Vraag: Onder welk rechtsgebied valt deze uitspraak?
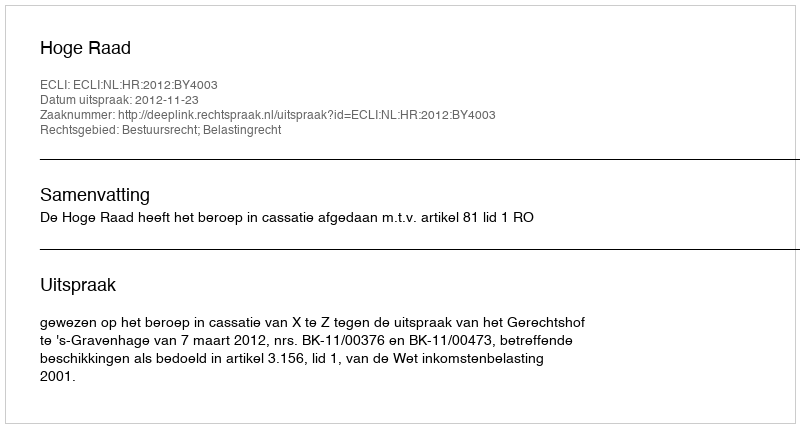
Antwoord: Bestuursrecht; Belastingrecht